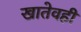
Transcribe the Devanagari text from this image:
खातेवही